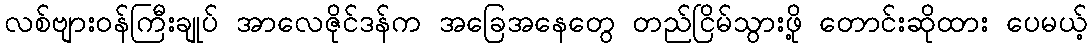
လစ်ဗျားဝန်ကြီးချုပ် အာလေဇိုင်ဒန်က အခြေအနေတွေ တည်ငြိမ်သွားဖို့ တောင်းဆိုထား ပေမယ့်